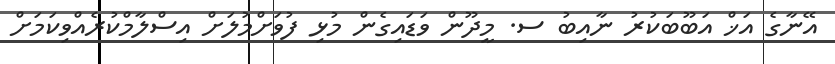
އޭނާގެ އަޚް އަބޫބަކުރު ނާއިބު ސ. މީދޫން ވަޑައިގެން މުޅި ފުވަށްމުލަށް އިސްލާމްކުރެއްވިކަމަށް